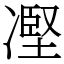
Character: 𠗻